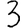
Digit: 3